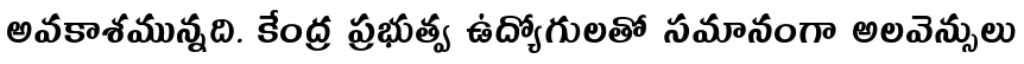
అవకాశమున్నది. కేంద్ర ప్రభుత్వ ఉద్యోగులతో సమానంగా అలవెన్సులు